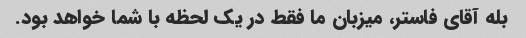
بله آقای فاستر، میزبان ما فقط در یک لحظه با شما خواهد بود.